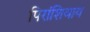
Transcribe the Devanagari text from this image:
पिरांशिवाय